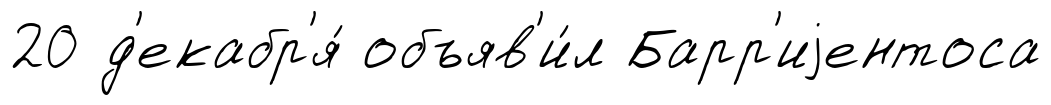
20 д'екабр'я́ объяв'и́л Барр'иjентоса